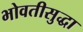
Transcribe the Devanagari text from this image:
भोवतीसुद्धा